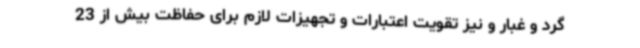
گرد و غبار و نیز تقویت اعتبارات و تجهیزات لازم برای حفاظت بیش از 23